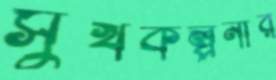
সুখকল্পনার